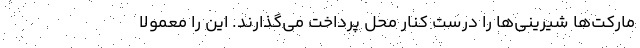
مارکت‌ها شیرینی‌ها را درست کنار محل پرداخت می‌گذارند. این را معمولاً